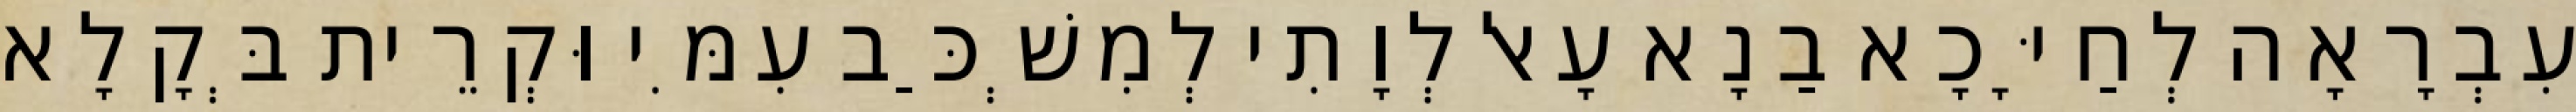
עִבְרָאָה לְחַיָּכָא בַנָא עָאל לְוָתִי לְמִשְׁכַּב עִמִּי וּקְרֵית בְּקָלָא